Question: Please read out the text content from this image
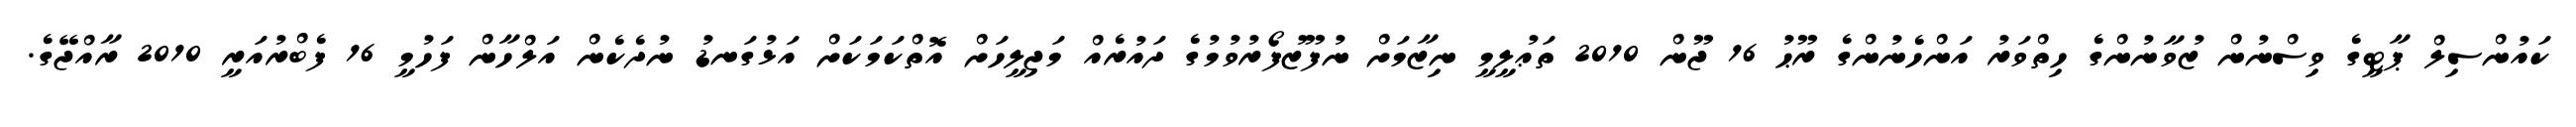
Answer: ކައުންސިލް ޕާޓީގެ ވިސްނުން ޒުވާނުންގެ ހިތްވަރު އަންހެނުންގެ ރޫޙު 16 ޖޫން 2010 ތަޢުލީމީ ނިޒާމަށް ނުފޫޒުފޯރުވުމުގެ ދައުރެއް މަޖިލީހަށް އޮތްކަމަކަށް އަޅުގަނޑު ނުދެކެން އަލްހާން ފަހުމީ 16 ފެބްރުއަރީ 2010 ރާއްޖޭގެ.